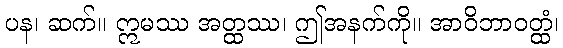
ပန၊ ဆက်။ ဣမဿ အတ္ထဿ၊ ဤအနက်ကို။ အာဝိဘာဝတ္ထံ၊